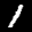
Label: 1